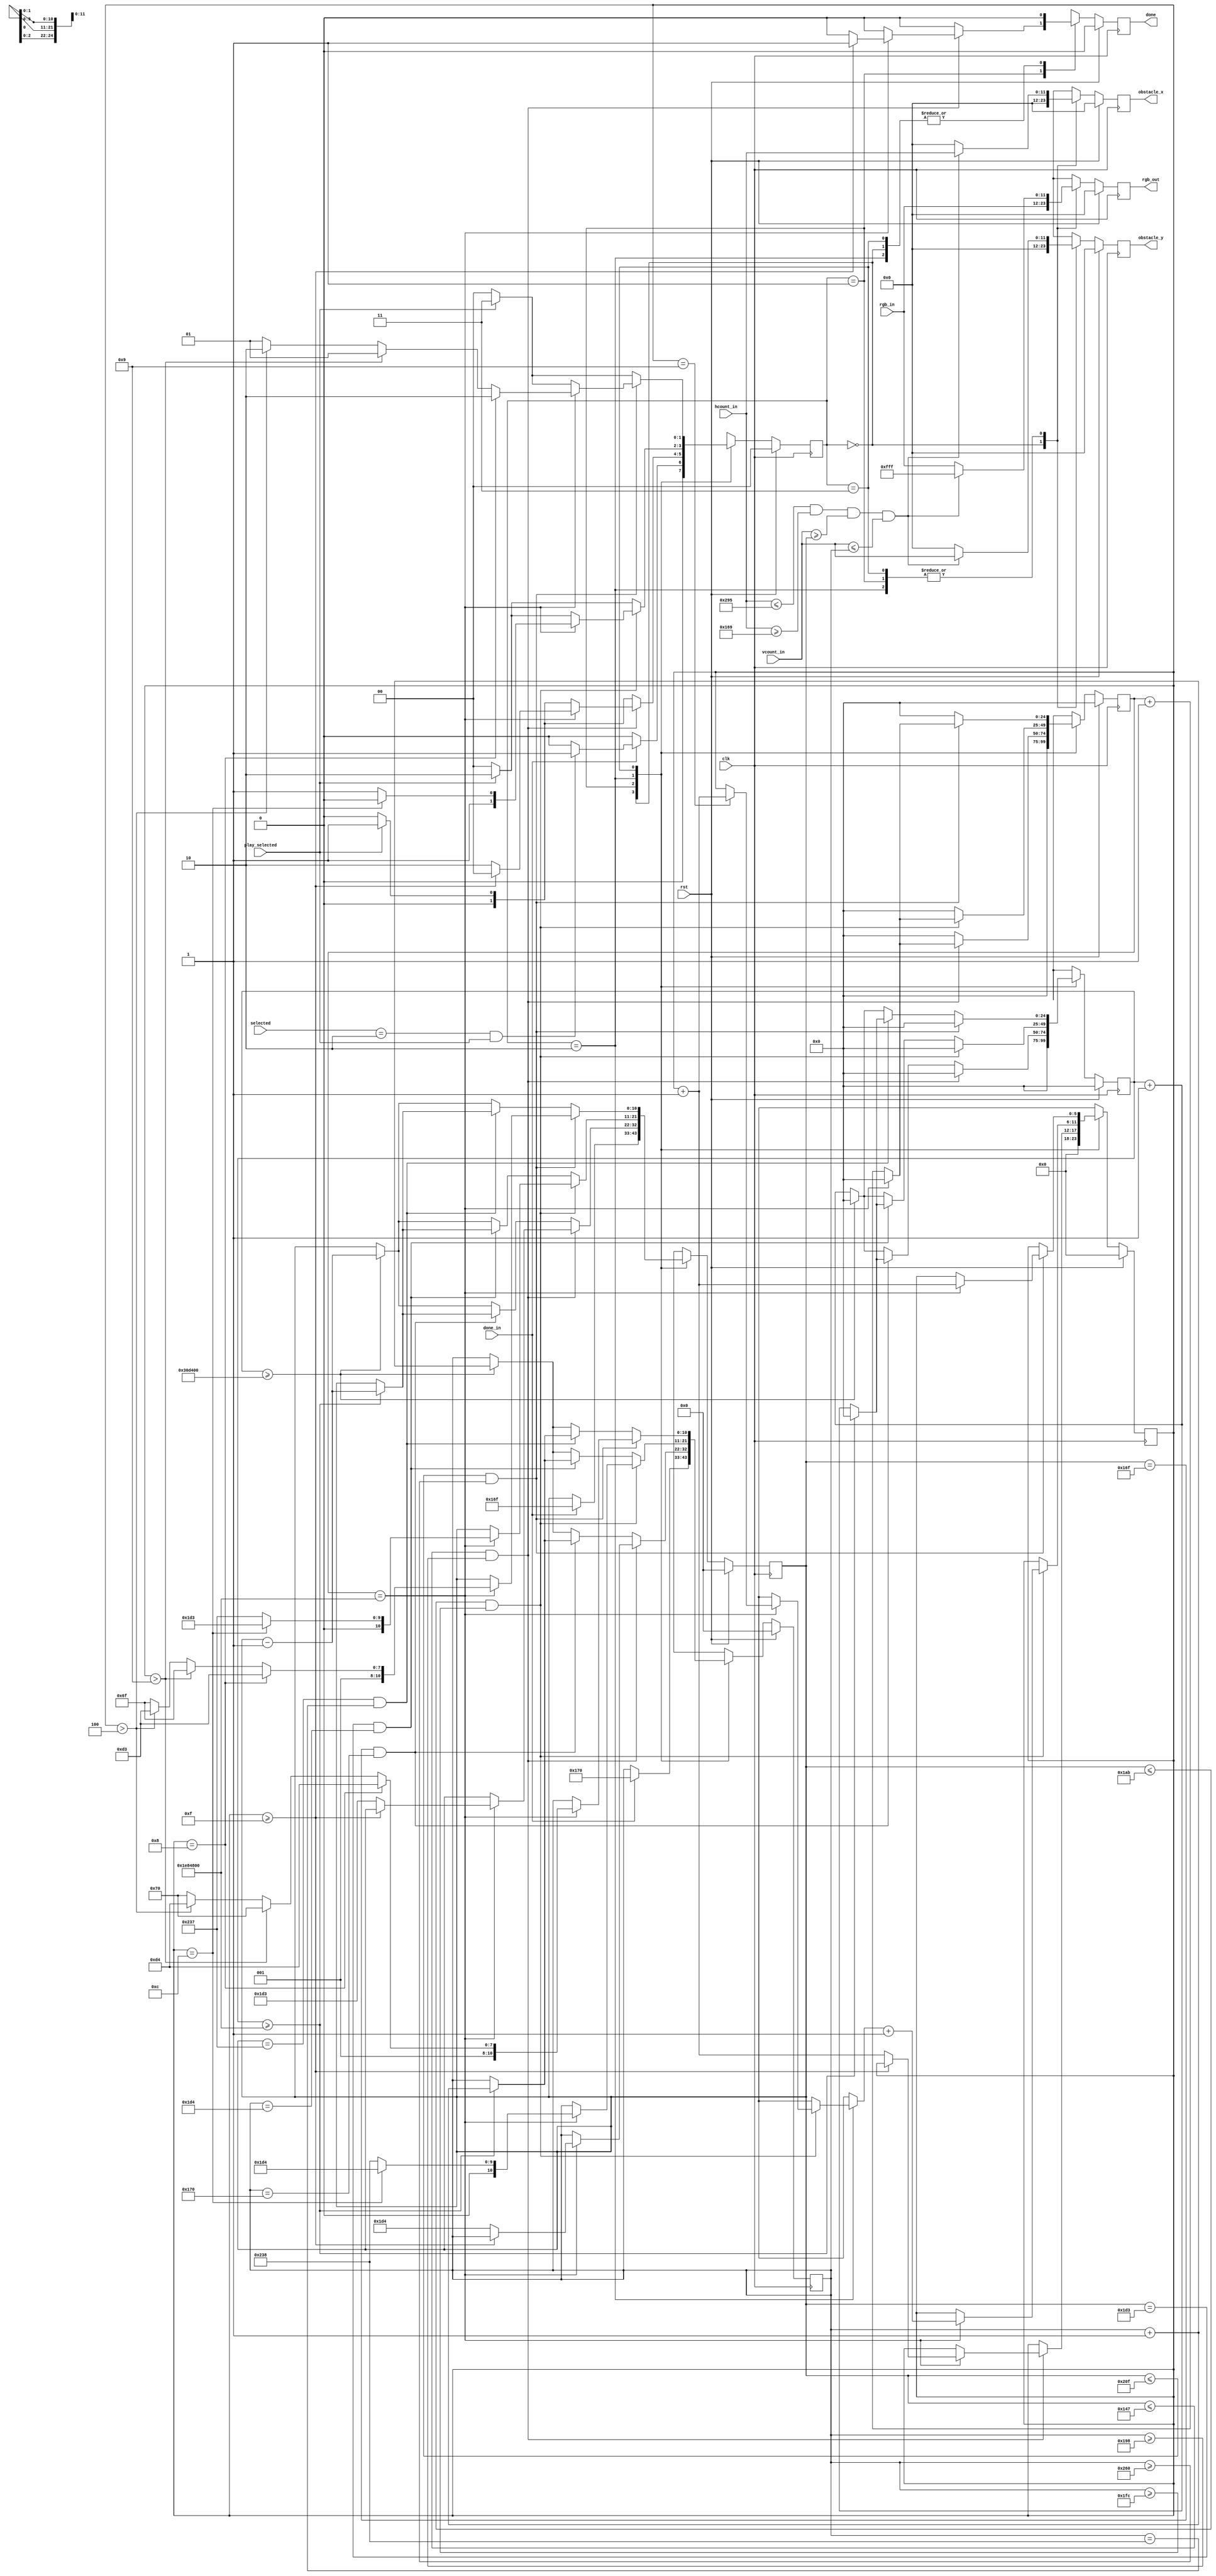
`timescale 1ns / 1ps
//////////////////////////////////////////////////////////////////////////////////
// Company: 
// Engineer: 
// 
// Design Name: 
// Module Name: vertical_lasers_obstacle
// Project Name: 
// Target Devices: 
// Tool Versions: 
// Description: 
// 
// Dependencies: 
// 
// Revision:
// Revision 0.01 - File Created
// Additional Comments:
// 
//////////////////////////////////////////////////////////////////////////////////
/*
*MO-created module
*
*/

module horizontal_lasers_obstacle
    #( parameter
        SELECT_CODE = 3'b010
    )
    (
        input wire [11:0] vcount_in,
        input wire [11:0] hcount_in,
        input wire clk,
        input wire rst,
        input wire [11:0] rgb_in,
        input wire play_selected,
        input wire [2:0] selected,
        input wire done_in,
        
        output reg [11:0] rgb_out,
        output reg [11:0] obstacle_x,
        output reg [11:0] obstacle_y,
        output reg done
    );
  
localparam COUNTER_ON_LASER_VALUE       = 3200000,
           COUNTER_BETWEEN_LASERS_VALUE = 32000000;

localparam LASER_LEFT           = 361,
           LASER_RIGHT          = 661;
           
localparam TOP_LASER_TOP        = 367,
           TOP_LASER_BOTTOM     = 368,
           MIDDLE_LASER_TOP     = 467,
           MIDDLE_LASER_BOTTOM  = 468,
           BOTTOM_LASER_TOP     = 567,
           BOTTOM_LASER_BOTTOM  = 568,
           LASER_WIDTH          = 40;

localparam IDLE                 = 2'b00,
           DRAW_TOP             = 2'b01,
           DRAW_MIDDLE          = 2'b10,
           DRAW_BOTTOM          = 2'b11;
           

reg [11:0] rgb_nxt;
reg [11:0] obstacle_x_nxt, obstacle_y_nxt;
reg [1:0] state, state_nxt;
reg [10:0] laser_top, laser_bottom, laser_top_nxt, laser_bottom_nxt;
reg [24:0] counter_between_lasers, counter_between_lasers_nxt, counter_on_laser, counter_on_laser_nxt;
reg [5:0] obstacle_counter, obstacle_counter_nxt;
reg done_nxt;

always @(posedge clk) begin
    if (rst) begin
        state                   <= IDLE;
        rgb_out                 <= 0; 
        obstacle_x              <= 0;
        obstacle_y              <= 0;
        laser_top               <= 0;
        laser_bottom            <= 0;
        counter_between_lasers  <= 0;
        counter_on_laser        <= 0;
        done                    <= 0;
        obstacle_counter        <= 0;
    end
    else begin
        state                   <= state_nxt;
        rgb_out                 <= rgb_nxt;
        obstacle_x              <= obstacle_x_nxt;
        obstacle_y              <= obstacle_y_nxt;
        laser_top               <= laser_top_nxt;
        laser_bottom            <= laser_bottom_nxt;
        counter_between_lasers  <= counter_between_lasers_nxt;
        counter_on_laser        <= counter_on_laser_nxt;
        done                    <= done_nxt;
        obstacle_counter        <= obstacle_counter_nxt;
    end
end

always @* begin
    rgb_nxt                     = rgb_in;
    state_nxt                   = IDLE;
    counter_between_lasers_nxt  = 0;
    counter_on_laser_nxt        = 0;
    laser_top_nxt               = laser_top;
    laser_bottom_nxt            = laser_bottom;
    obstacle_x_nxt              = 0;
    obstacle_y_nxt              = 0;
    done_nxt                    = 0;
    obstacle_counter_nxt        = obstacle_counter;
    
    case (state)
        IDLE: begin
        
            done_nxt = 0;
            obstacle_counter_nxt = 0;
            
            if (done_in) begin
                state_nxt = ((selected == SELECT_CODE) && play_selected) ? DRAW_TOP : IDLE;
                laser_top_nxt = TOP_LASER_TOP;
                laser_bottom_nxt = TOP_LASER_BOTTOM;
            end
            else
                state_nxt = IDLE;
                
        end
            
        DRAW_TOP: begin
        
            done_nxt = 0;
            
            if (!play_selected)
                state_nxt = IDLE;
            else 
                state_nxt = DRAW_TOP;
                
            //draw top laser
            if (hcount_in <= LASER_RIGHT && hcount_in >= LASER_LEFT && vcount_in >= laser_top && vcount_in <= laser_bottom) begin
                rgb_nxt = 12'hf_f_f;
                obstacle_x_nxt = hcount_in;
                obstacle_y_nxt = vcount_in;
            end
            else
                rgb_nxt = rgb_in;
                            
            if ((laser_top <= TOP_LASER_TOP - LASER_WIDTH ) && (laser_bottom >= TOP_LASER_BOTTOM + LASER_WIDTH)) begin         //move to next laser after delay and when reached set size 
                if (counter_between_lasers == COUNTER_BETWEEN_LASERS_VALUE) begin 
                    //if (obstacle_counter != 0) begin            // when uncommented this obstacle will only go UP>MID>DOWN>UP and then end its work , used to speed up testing
                    if (obstacle_counter >= 15) begin                         
                        state_nxt = IDLE;
                        done_nxt = 1;
                    end
                    else begin
                        state_nxt = DRAW_MIDDLE;
                        laser_top_nxt = MIDDLE_LASER_TOP;
                        laser_bottom_nxt = MIDDLE_LASER_BOTTOM;
                        obstacle_counter_nxt = obstacle_counter + 1;
                    end
                end
                else
                    counter_between_lasers_nxt = counter_between_lasers + 1;
            end
            else begin                                      
                if ((laser_top == TOP_LASER_TOP) && (laser_bottom == TOP_LASER_BOTTOM)) begin //after spawning laser wait 
                    if (counter_on_laser >= COUNTER_BETWEEN_LASERS_VALUE) begin  
                        laser_top_nxt = laser_top - 1;
                        laser_bottom_nxt = laser_bottom + 1;
                        counter_on_laser_nxt = 0;
                    end
                    else begin
                        counter_on_laser_nxt = counter_on_laser + 1;
                        laser_top_nxt  = laser_top;
                        laser_bottom_nxt  = laser_bottom;
                    end
                end
                else begin              //expand top and bottom borders of laser with delay between expansions to slow down
                    if (counter_on_laser >= COUNTER_ON_LASER_VALUE) begin  
                        laser_top_nxt = laser_top - 1;
                        laser_bottom_nxt = laser_bottom + 1;
                        counter_on_laser_nxt = 0;
                    end
                    else begin
                        counter_on_laser_nxt = counter_on_laser + 1;
                        laser_top_nxt  = laser_top;
                        laser_bottom_nxt  = laser_bottom;
                    end
                end
            end    
               
        end   
        
        DRAW_MIDDLE: begin
            
            if (!play_selected)
                state_nxt = IDLE;
            else 
                state_nxt = DRAW_MIDDLE;
            
            //draw middle laser
            if (hcount_in <= LASER_RIGHT && hcount_in >= LASER_LEFT && vcount_in >= laser_top && vcount_in <= laser_bottom)begin
                rgb_nxt = 12'hf_f_f;
                obstacle_x_nxt = hcount_in;
                obstacle_y_nxt = vcount_in;
            end
            else
                rgb_nxt = rgb_in;
                
            if ((laser_top <= MIDDLE_LASER_TOP - LASER_WIDTH ) && (laser_bottom >= MIDDLE_LASER_BOTTOM + LASER_WIDTH)) begin     //move to next laser after delay and when reached set size
                if (counter_between_lasers == COUNTER_BETWEEN_LASERS_VALUE) begin
                    if (obstacle_counter == 9) begin                        
                        state_nxt = DRAW_TOP;
                        laser_top_nxt = TOP_LASER_TOP;
                        laser_bottom_nxt = TOP_LASER_BOTTOM;
                        obstacle_counter_nxt = obstacle_counter_nxt + 1;
                    end
                    if (obstacle_counter == 12) begin                        
                        state_nxt = DRAW_MIDDLE;
                        laser_top_nxt = MIDDLE_LASER_TOP;
                        laser_bottom_nxt = MIDDLE_LASER_BOTTOM;
                        obstacle_counter_nxt = obstacle_counter_nxt + 1;
                    end
                    else begin
                        laser_top_nxt = BOTTOM_LASER_TOP;
                        laser_bottom_nxt = BOTTOM_LASER_BOTTOM;
                        state_nxt = DRAW_BOTTOM;
                        obstacle_counter_nxt = obstacle_counter_nxt + 1;
                    end
                end  
                else
                    counter_between_lasers_nxt = counter_between_lasers + 1;
            end
            else begin                                                      
                if ((laser_top == MIDDLE_LASER_TOP) && (laser_bottom == MIDDLE_LASER_BOTTOM)) begin //after spawning laser wait 
                    if (counter_on_laser >= COUNTER_BETWEEN_LASERS_VALUE) begin  
                        laser_top_nxt = laser_top - 1;
                        laser_bottom_nxt = laser_bottom + 1;
                        counter_on_laser_nxt = 0;
                    end
                    else begin
                        counter_on_laser_nxt = counter_on_laser + 1;
                        laser_top_nxt  = laser_top;
                        laser_bottom_nxt  = laser_bottom;
                    end
                end
                else begin              //expand top and bottom borders of laser with delay between expansions to slow down
                    if (counter_on_laser >= COUNTER_ON_LASER_VALUE) begin  
                        laser_top_nxt = laser_top - 1;
                        laser_bottom_nxt = laser_bottom + 1;
                        counter_on_laser_nxt = 0;
                    end
                    else begin
                        counter_on_laser_nxt = counter_on_laser + 1;
                        laser_top_nxt  = laser_top;
                        laser_bottom_nxt  = laser_bottom;
                    end
                end      
            end
             
        end
        
        DRAW_BOTTOM: begin
            
            if (!play_selected)
                state_nxt = IDLE;
            else 
                state_nxt = DRAW_BOTTOM;
            
            //draw right laser
            if (hcount_in <= LASER_RIGHT && hcount_in >= LASER_LEFT && vcount_in >= laser_top && vcount_in <= laser_bottom)begin
                rgb_nxt = 12'hf_f_f;
                obstacle_x_nxt = hcount_in;
                obstacle_y_nxt = vcount_in;
            end
            else
                rgb_nxt = rgb_in;
                
            if ((laser_top <= BOTTOM_LASER_TOP - LASER_WIDTH ) && (laser_bottom >= BOTTOM_LASER_BOTTOM + LASER_WIDTH )) begin         //move to next laser after delay and when reached set size
                if (counter_between_lasers == COUNTER_BETWEEN_LASERS_VALUE) begin               
                    if (obstacle_counter == 8) begin                             
                        state_nxt = DRAW_MIDDLE;                               
                        laser_top_nxt = MIDDLE_LASER_TOP;
                        laser_bottom_nxt = MIDDLE_LASER_BOTTOM;
                        obstacle_counter_nxt = obstacle_counter + 1;                                
                    end
                    else if (obstacle_counter > 9) begin
                        laser_top_nxt = TOP_LASER_TOP;
                        laser_bottom_nxt = TOP_LASER_BOTTOM;
                        obstacle_counter_nxt = obstacle_counter + 1;            
                        state_nxt = DRAW_TOP;
                    end                    
                    else if (obstacle_counter > 4) begin
                        laser_top_nxt = MIDDLE_LASER_TOP;
                        laser_bottom_nxt = MIDDLE_LASER_BOTTOM;
                        obstacle_counter_nxt = obstacle_counter + 1;            
                        state_nxt = DRAW_MIDDLE;
                    end
                    else begin
                        laser_top_nxt = TOP_LASER_TOP;
                        laser_bottom_nxt = TOP_LASER_BOTTOM;
                        obstacle_counter_nxt = obstacle_counter + 1;            
                        state_nxt = DRAW_TOP;
                    end                   
                end
                else
                    counter_between_lasers_nxt = counter_between_lasers + 1;
            end
            else begin                                                      
                if ((laser_top == BOTTOM_LASER_TOP) && (laser_bottom == BOTTOM_LASER_BOTTOM)) begin //after spawning laser wait 
                    if (counter_on_laser >= COUNTER_BETWEEN_LASERS_VALUE) begin  
                        laser_top_nxt = laser_top - 1;
                        laser_bottom_nxt = laser_bottom + 1;
                        counter_on_laser_nxt = 0;
                    end
                    else begin
                        counter_on_laser_nxt = counter_on_laser + 1;
                        laser_top_nxt  = laser_top;
                        laser_bottom_nxt  = laser_bottom;
                    end
                end
                else begin              //expand top and bottom borders of laser with delay between expansions to slow down
                    if (counter_on_laser >= COUNTER_ON_LASER_VALUE) begin  
                        laser_top_nxt = laser_top - 1;
                        laser_bottom_nxt = laser_bottom + 1;
                        counter_on_laser_nxt = 0;
                    end
                    else begin
                        counter_on_laser_nxt = counter_on_laser + 1;
                        laser_top_nxt  = laser_top;
                        laser_bottom_nxt  = laser_bottom;
                    end
                end      
            end
            
        end        
    endcase        
end

endmodule